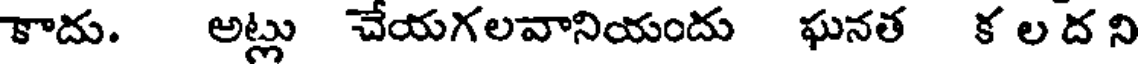
కాదు. అట్లు చేయగలవానియందు ఘనత క ల ద ని